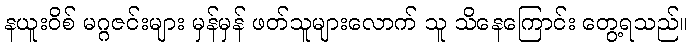
နယူးဝိစ် မဂ္ဂဇင်းများ မှန်မှန် ဖတ်သူများလောက် သူ သိနေကြောင်း တွေ့ရသည်။